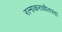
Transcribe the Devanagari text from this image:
रत्नाकराधौतपदां